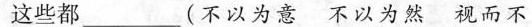
这些都___(不以为意 不以为然 视而不